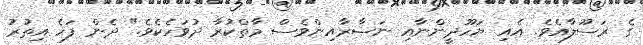
ގެ ރަސޫލާއެވެ. އެއި ޔަހޫދީންނާއި ނަޞާރާއިންވެސް މާތްކުރާ ދުވަހެކެވެ." ދެން ފަހެ އިތުރު